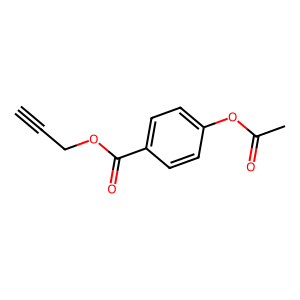
SMILES: C#CCOC(=O)c1ccc(OC(C)=O)cc1
Inhibits HIV replication: No